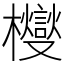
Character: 㰔